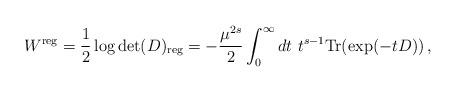
LaTeX: \begin{align*}W^{\mbox{\scriptsize reg}}=\frac 12 \log \det (D)_{\mbox{\scriptsize reg}}= -\frac{\mu^{2s}}{2}\int_0^\infty dt~t^{s-1}{\rm Tr} (\exp (-tD)) \,, \end{align*}